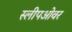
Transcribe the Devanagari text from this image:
स्लीपओवर